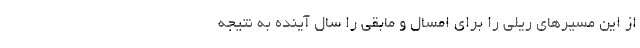
از این‌ مسیرهای ریلی را برای امسال و مابقی را سال آینده به نتیجه